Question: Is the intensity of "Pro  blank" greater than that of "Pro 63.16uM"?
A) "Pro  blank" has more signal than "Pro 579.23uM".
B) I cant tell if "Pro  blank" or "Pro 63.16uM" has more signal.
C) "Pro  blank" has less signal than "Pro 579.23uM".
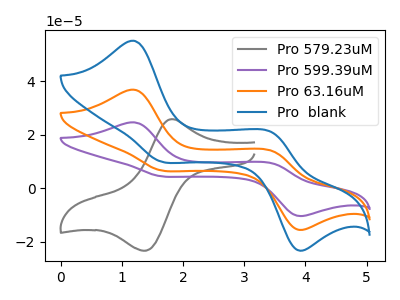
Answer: <think>The gray curve "Pro 579.23uM" has an anodic peak at (1.80V, 25.85uA) and a cathodic peak at (1.35V, -23.40uA). The purple curve "Pro 599.39uM" has anodic peaks at (1.20V, 73.75uA) (3.45V, 27.75uA) and cathodic peaks at (1.60V, 13.45uA) (3.85V, -30.85uA). The orange curve "Pro 63.16uM" has anodic peaks at (1.20V, 36.85uA) (3.45V, 13.90uA) and cathodic peaks at (1.60V, 6.75uA) (3.85V, -15.40uA). The blue curve "Pro  blank" has anodic peaks at (1.20V, 55.20uA) (3.45V, 20.75uA) and cathodic peaks at (1.60V, 10.05uA) (3.85V, -23.05uA).
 All the peaks in "Pro  blank" have a peak in "Pro 63.16uM" at the same potential.</think>
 <answer>B) I cant tell if "Pro  blank" or "Pro 63.16uM" has more signal.</answer>
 <eval>B</eval>